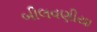
બીલવણીયા